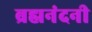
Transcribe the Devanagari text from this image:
ब्रह्मनंदनी